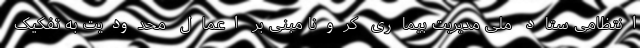
انتظامی ستاد ملی مدیریت بیماری کرونا مبنی بر اعمال محدودیت به تفکیک